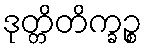
ဒုတ္တိတိက္ခဉ္စ